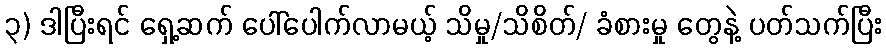
၃) ဒါပြီးရင် ရှေ့ဆက် ပေါ်ပေါက်လာမယ့် သိမှု/သိစိတ်/ ခံစားမှု တွေနဲ့ ပတ်သက်ပြီး